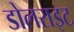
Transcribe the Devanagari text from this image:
डोलराइट